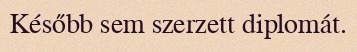
Később sem szerzett diplomát.